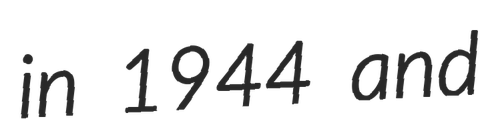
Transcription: in 1944 and